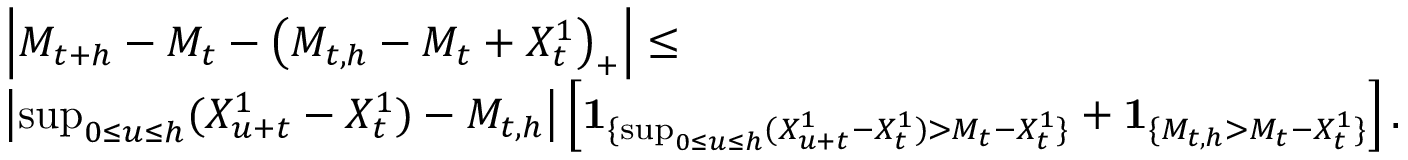
\begin{array} { r l } & { \left| M _ { t + h } - M _ { t } - \left( M _ { t , h } - M _ { t } + X _ { t } ^ { 1 } \right) _ { + } \right| \leq } \\ & { \left| \operatorname* { s u p } _ { 0 \leq u \leq h } ( X _ { u + t } ^ { 1 } - X _ { t } ^ { 1 } ) - M _ { t , h } \right| \left[ { \mathbf 1 } _ { \{ \operatorname* { s u p } _ { 0 \leq u \leq h } ( X _ { u + t } ^ { 1 } - X _ { t } ^ { 1 } ) > M _ { t } - { X _ { t } ^ { 1 } } \} } + { \mathbf 1 } _ { \{ M _ { t , h } > M _ { t } - X _ { t } ^ { 1 } \} } \right] . } \end{array}